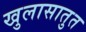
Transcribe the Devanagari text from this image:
खुलासातुत